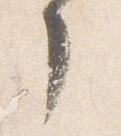
了